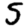
Digit: 5